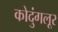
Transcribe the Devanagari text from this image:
कोदुंगलूर